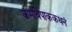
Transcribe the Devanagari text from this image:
कर्मविपाककथनं